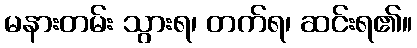
မနားတမ်း သွားရ၊ တက်ရ၊ ဆင်းရ၏။